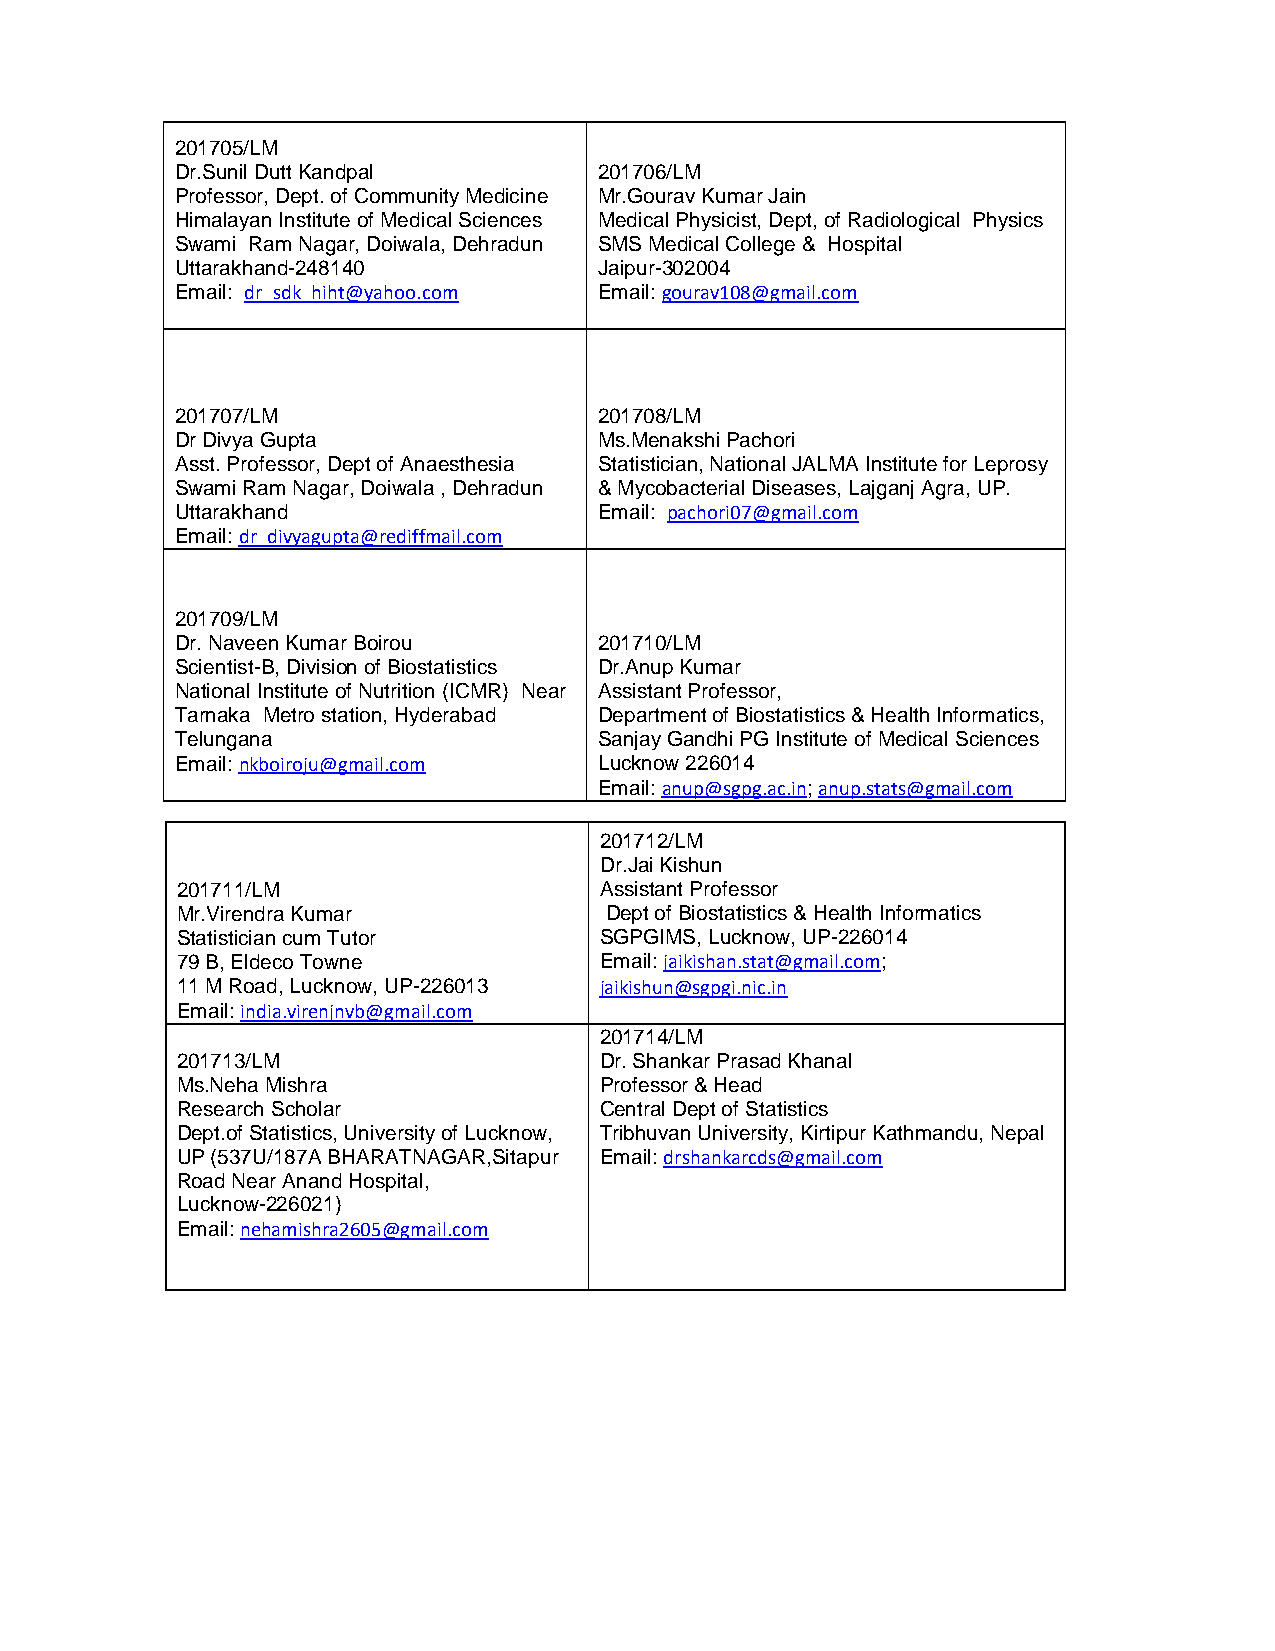
201705/LM
 Dr.Sunil Dutt Kandpal       201706/LM
 Professor, Dept. of Community Medicine Mr.Gourav Kumar Jain
 Himalayan Institute of Medical Sciences Medical Physicist, Dept, of Radiological Physics
 Swami Ram Nagar, Doiwala, Dehradun SMS Medical College & Hospital
 Uttarakhand-248140          Jaipur-302004
 Email: dr_sdk_hiht@yahoo.com Email: gourav108@gmail.com
 201707/LM                   201708/LM
 Dr Divya Gupta              Ms.Menakshi Pachori
 Asst. Professor, Dept of Anaesthesia Statistician, National JALMA Institute for Leprosy
 Swami Ram Nagar, Doiwala , Dehradun & Mycobacterial Diseases, Lajganj Agra, UP.
 Uttarakhand                 Email: pachori07@gmail.com
 Email: dr_divyagupta@rediffmail.com
 201709/LM
 Dr. Naveen Kumar Boirou     201710/LM
 Scientist-B, Division of Biostatistics Dr.Anup Kumar
 National Institute of Nutrition (ICMR) Near Assistant Professor,
 Tarnaka Metro station, Hyderabad Department of Biostatistics & Health Informatics,
 Telungana                   Sanjay Gandhi PG Institute of Medical Sciences
 Email: nkboiroju@gmail.com  Lucknow 226014
 Email: anup@sgpg.ac.in; anup.stats@gmail.com
 201712/LM
 Dr.Jai Kishun
 201711/LM                   Assistant Professor
 Mr.Virendra Kumar           Dept of Biostatistics & Health Informatics
 Statistician cum Tutor      SGPGIMS, Lucknow, UP-226014
 79 B, Eldeco Towne          Email: jaikishan.stat@gmail.com;
 11 M Road, Lucknow, UP-226013 jaikishun@sgpgi.nic.in
 Email: india.virenjnvb@gmail.com
 201714/LM
 201713/LM                   Dr. Shankar Prasad Khanal
 Ms.Neha Mishra              Professor & Head
 Research Scholar            Central Dept of Statistics
 Dept.of Statistics, University of Lucknow, Tribhuvan University, Kirtipur Kathmandu, Nepal
 UP (537U/187A BHARATNAGAR,Sitapur Email: drshankarcds@gmail.com
 Road Near Anand Hospital,
 Lucknow-226021)
 Email: nehamishra2605@gmail.com